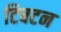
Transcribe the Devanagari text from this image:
टिबटन